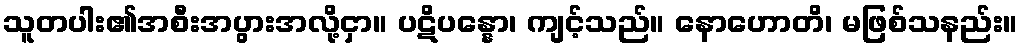
သူတပါး၏အစီးအပွားအလို့ငှာ။ ပဋိပန္နော၊ ကျင့်သည်။ နောဟောတိ၊ မဖြစ်သနည်း။